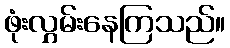
ဖုံးလွှမ်းနေကြသည်။